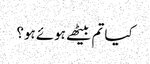
کیا تم بیٹھے ہوئے ہو؟